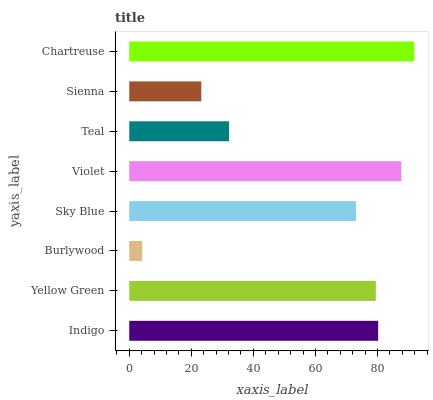
| yaxis_label | bars |
 | --- | --- |
 | Indigo | 80.2 |
 | Yellow Green | 79.5 |
 | Burlywood | 4.18 |
 | Sky Blue | 73.1 |
 | Violet | 87.7 |
 | Teal | 32.2 |
 | Sienna | 23.2 |
 | Chartreuse | 91.9 |